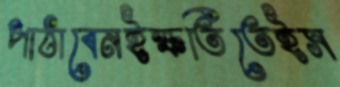
পাঠাবেনইক্ষতিতেইস